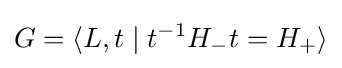
G=\langle L,t\mid t^{-1}H_{-}t=H_{+}\rangle